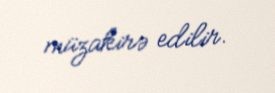
müzakirə edilir.